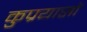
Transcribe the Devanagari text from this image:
कुप्रयासॉ